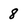
Character: 8